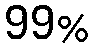
99%